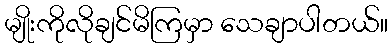
မျိုးကိုလိုချင်မိကြမှာ သေချာပါတယ်။